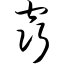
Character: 窍